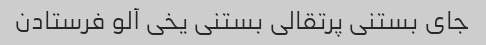
جای بستنی پرتقالی بستنی یخی آلو فرستادن